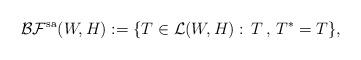
LaTeX: \begin{align*}\mathcal{BF}^\textup{sa}(W,H):=\{T\in\mathcal{L}(W,H):\, T\,,\, T^\ast=T\},\end{align*}